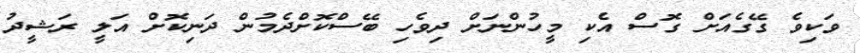
ވަކިވެ ގޭގެއަށް ގޮސް އެކި މީހުންނަށް ދިވެހި ބޭސްކޮށްދެމުން ދަނިކޮށް އަލީ ރަޝީދު